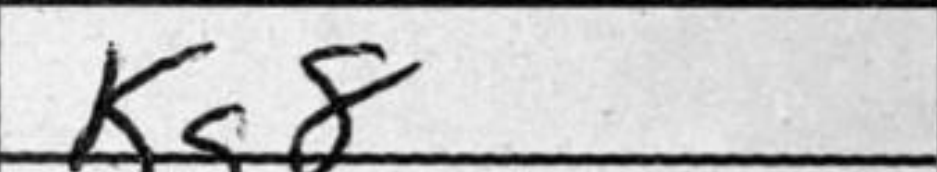
Transcription: Kg8